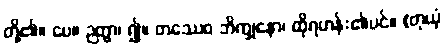
တို့၏။ ပေ။ ဉတွာ၊ ၍။ တဿေဝ ဘိက္ခုနော၊ ထိုရဟန်း၏ပင်။ (တုယှံ